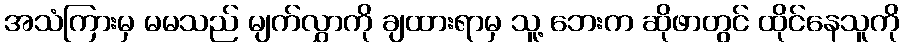
အသံကြားမှ မမသည် မျက်လွှာကို ချထားရာမှ သူ့ ဘေးက ဆိုဖာတွင် ထိုင်နေသူကို